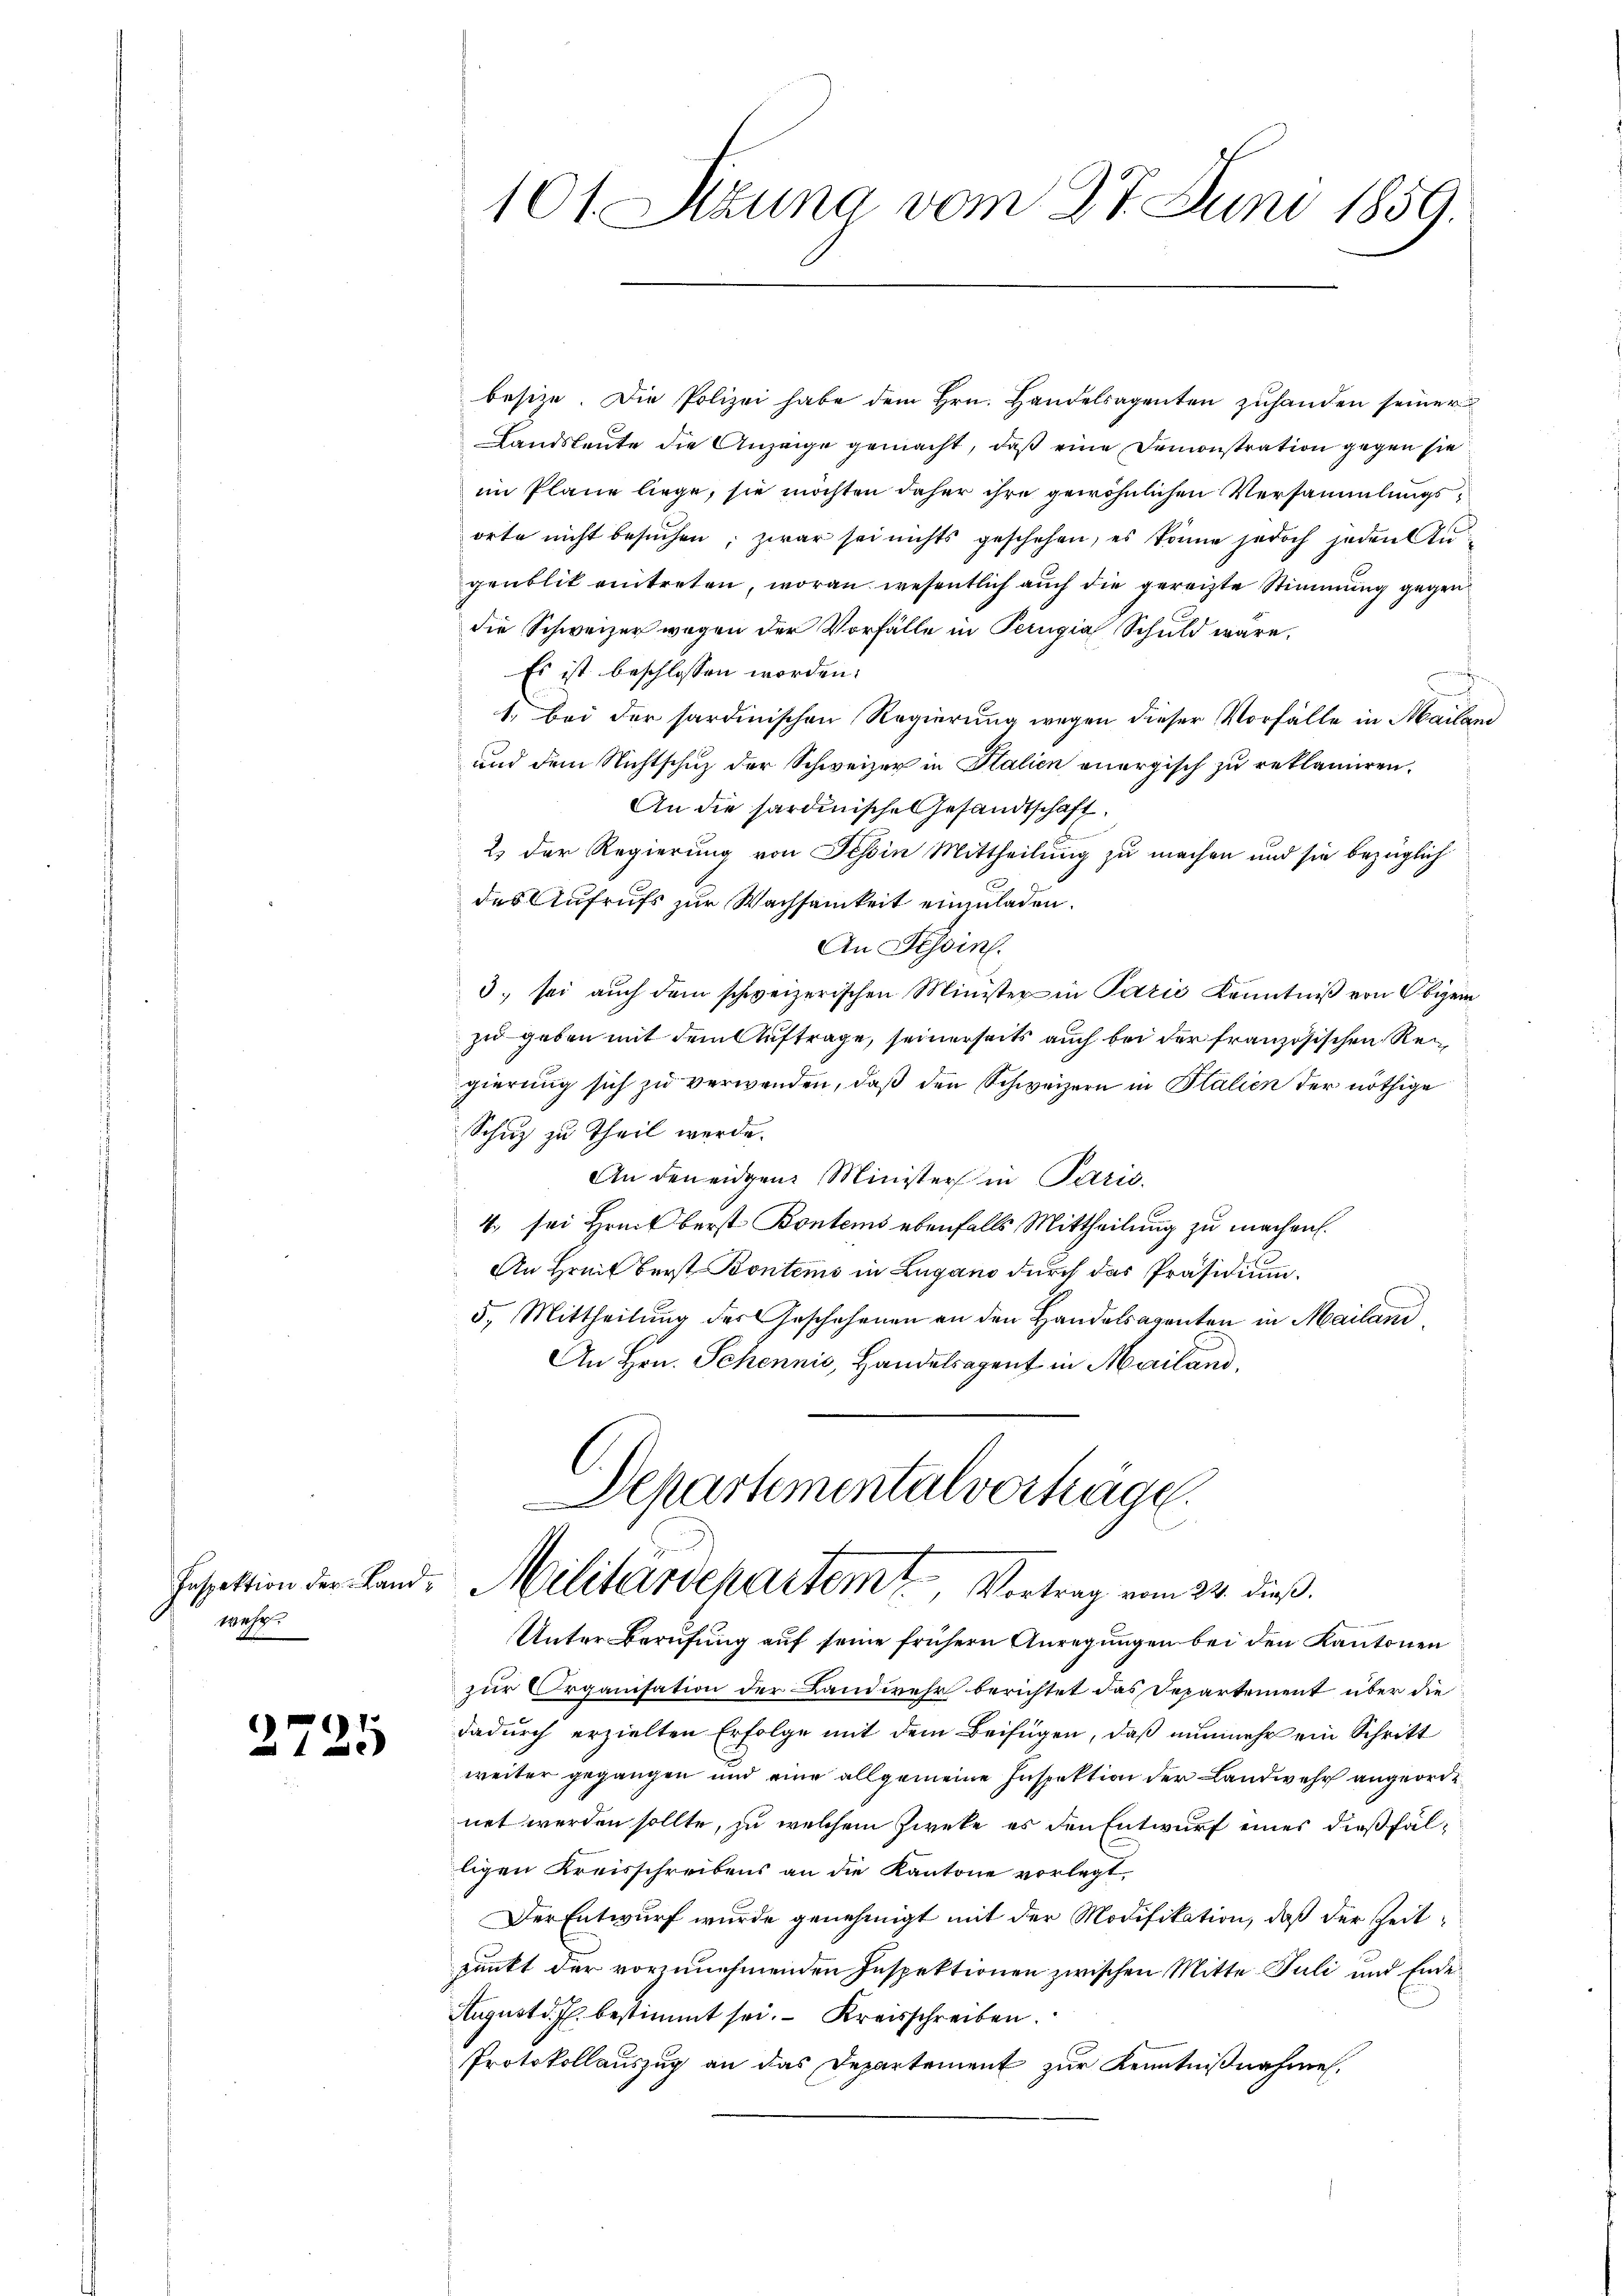
wahre

2725

besitze. Die Polizei habe dem Hrn. Handelsagenten zŭhanden seiner
Landsleute die Anzeige gemacht, daß eine Demonstration gegen sie
im Plane liege, sie möchten daher ihre gewöhnlichen Versammlungsorte nicht besuchen; zwar sei nichts geschehen, es könne jedoch jeden Angenblik eintreten, woran wesentlich auch die gereizte Stimmung gegen
die Schweizer wegen der Vorfälle in Perugia Schuld wäre.
Es ist beschlossen worden:
1. Bei der sardinischen Regierung wegen dieser Vorfälle in Mailand
und dem Nichtschuz der Schweizer in Italien anergisch zu reklamiren.
An die sardinische Gesandtschaft
2) der Regierung von Tessin Mittheilung zu machen und sie bezüglich
des Aufrufs zur Wachsamkeit einzuladen.
An Tessin.
3. sei aŭch dem schweizerischen Minister in Pazić Kenntniß von Obiger
zu geben mit dem Auftrage, seinerseits auch bei der französischen Regierung sich zu verwenden, daß den Schweizern in Italien der nöthige
Schuz zu Theil werde.
An den eidgen Ministers in Paris.
4. sei Hreiberst Bontens ebenfalls Mittheilung zu machen.
An Hreit berst Pontems in Lugano durch das Präsidium.
5. Mittheilung des Geschehenen an den Handelsagenten in Mailand¬
An Hrn. Schennis, Handetragent in Mailand,

101. Sitzung vom 27. Juni 1859.

Departementalverträge.
Inspektion der Land- Militärdepartem Vortrag vom 24. dieß.

Unter Berufung auf seine frühern Anregungen bei den Kantonen
zur Organisation der Landwehr berichtet das Departement über die
dadŭrch erzielten Erfolge mit dem Beifügen, daß nunmehr ein Schritt
weiter gegangen und eine allgemeine Inspektion der Landwehr angeorde
net werden sollte, zu welchem Zweke es den Entwurf eines dießfälligen Kreisschreibens an die Kantone vorlegt,
Der Entwurf wurde genehmigt mit der Modifikation, daß der Zeitpunkt der vorzunehmenden Inspektionen zwischen Mitte Juli und Ende
August d. J. bestimmt sei. Kreisschreiben.
Protokollauszug an das Departement zur Kenntnißnahme.